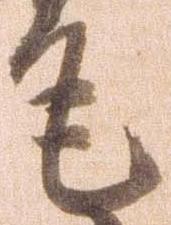
毛